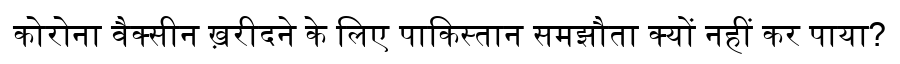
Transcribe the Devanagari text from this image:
कोरोना वैक्सीन ख़रीदने के लिए पाकिस्तान समझौता क्यों नहीं कर पाया?